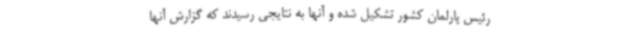
رئیس پارلمان کشور تشکیل شده و آنها به نتایجی رسیدند که گزارش آنها